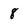
Character: 8